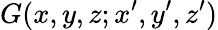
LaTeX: G(x,y,z;x^{\prime},y^{\prime},z^{\prime})